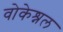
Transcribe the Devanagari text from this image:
वोकेश्नल